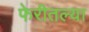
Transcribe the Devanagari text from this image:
फेरीतल्या